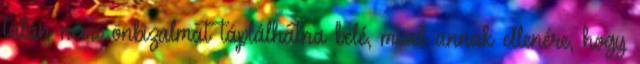
talán némi önbizalmat táplálhatna belé, mivel annak ellenére, hogy